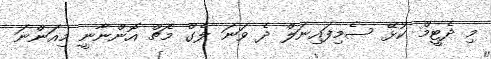
މި ދެޓީމް ކުޅޭ ސެމިފައިނަލް ދެ ވަނަ ލެގް މެޗް އޮންނާނީ މިއަންނަ